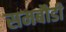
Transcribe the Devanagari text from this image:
समबौडी